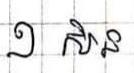
១ សិន